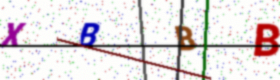
Text: XBBB